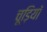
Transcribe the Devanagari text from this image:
चूड़ियॉ